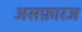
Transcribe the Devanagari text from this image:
असफ़ारअ